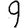
Digit: 9